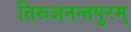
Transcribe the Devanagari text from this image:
तिरूअनन्तपुरम्